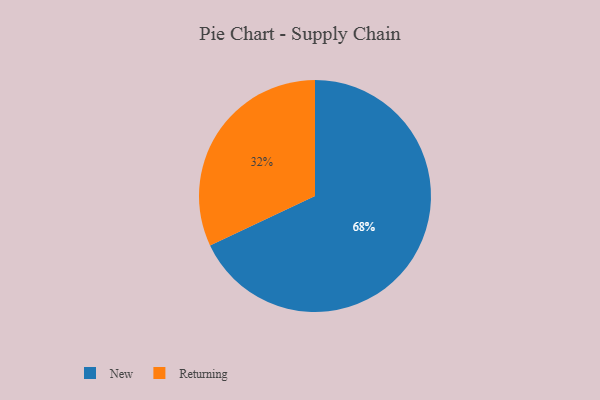
{"axis": {"x": "Category", "y": "Percentage"}, "legend": ["New", "Returning"], "data": [{"x": "New", "y": 68, "type": "New"}, {"x": "Returning", "y": 32, "type": "Returning"}]}